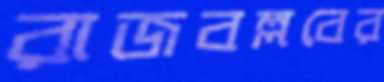
রাজবল্লবের